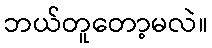
ဘယ်တူတော့မလဲ။